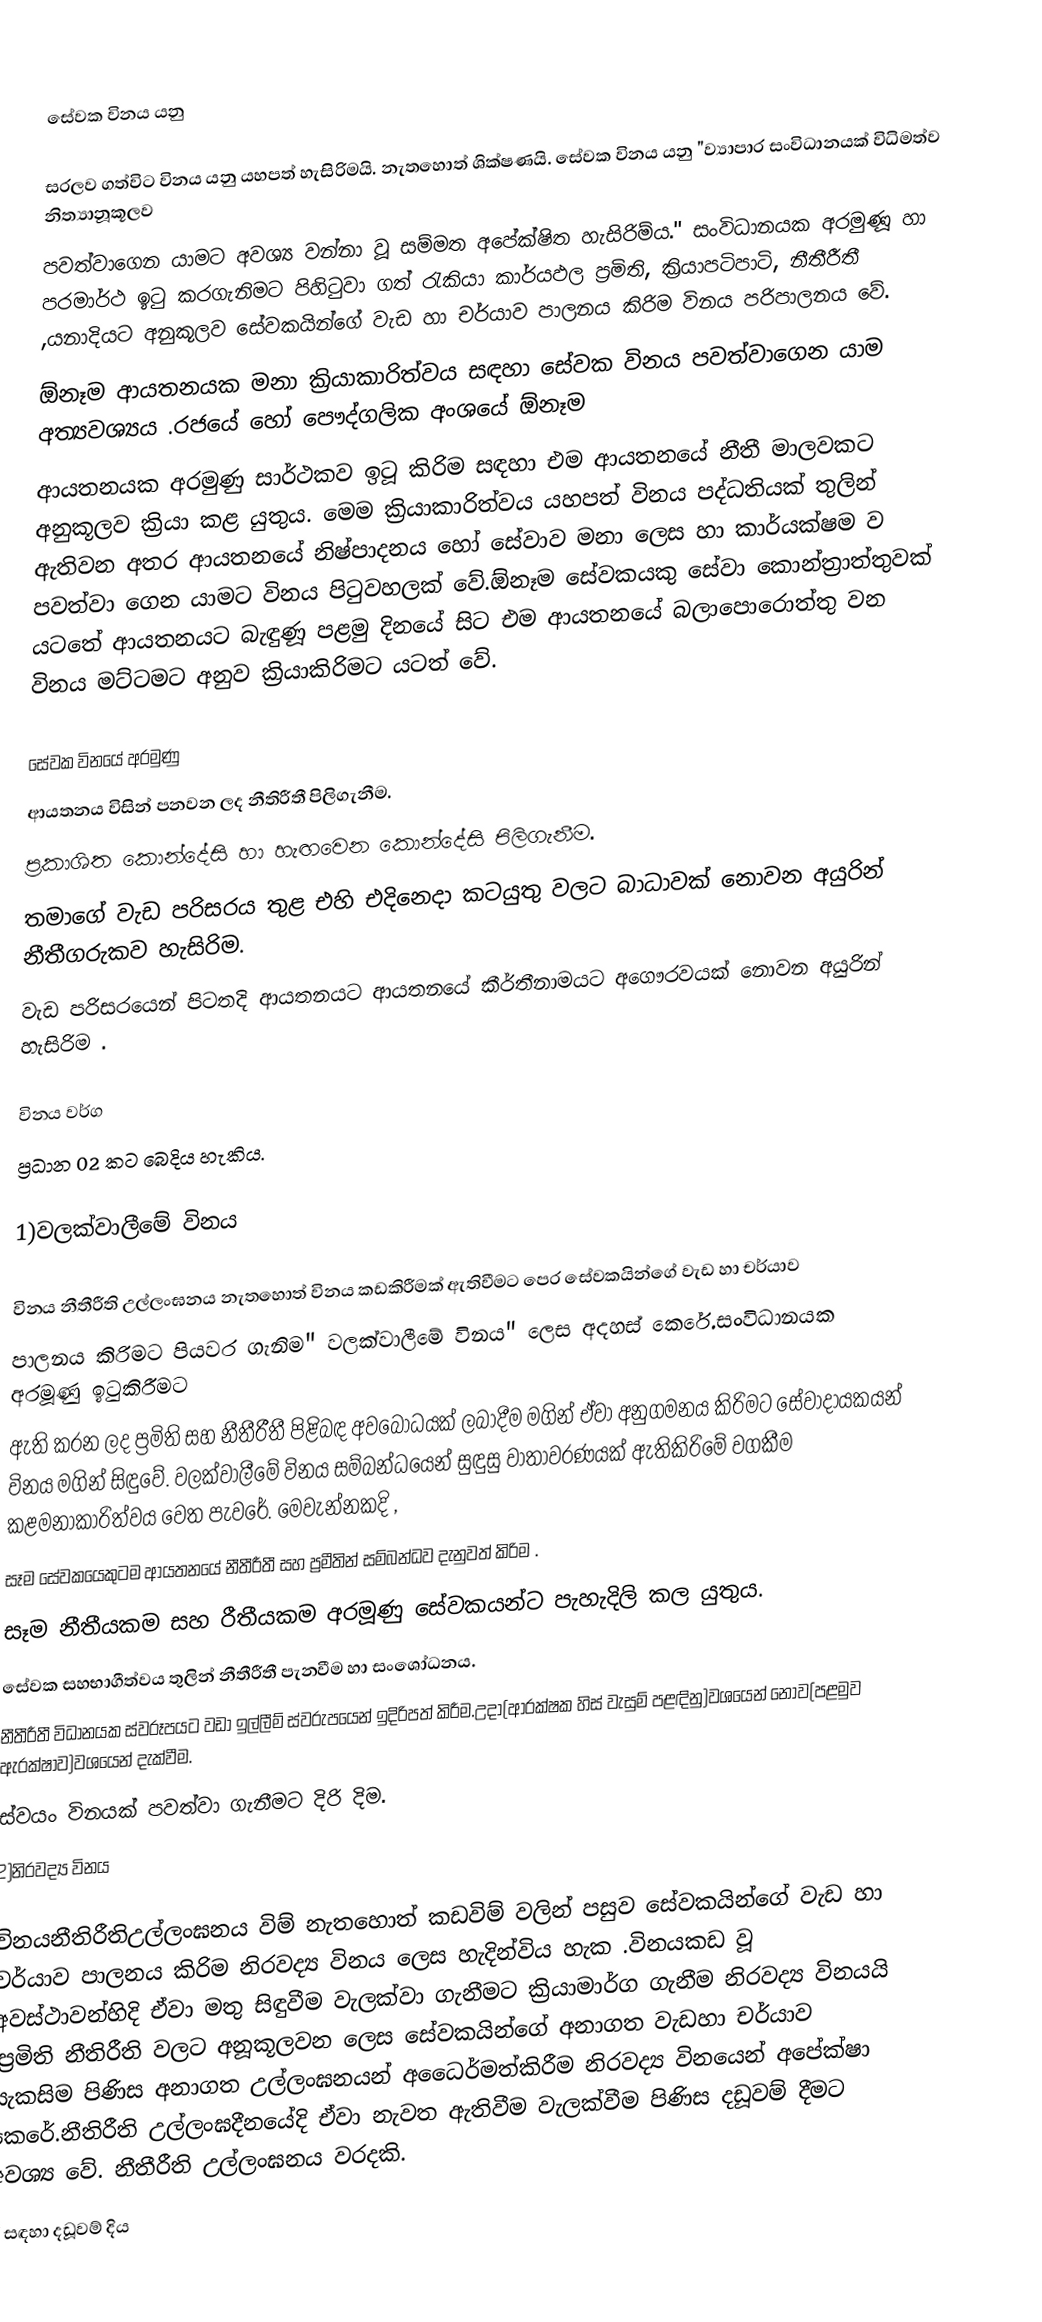

සේවක විනය යනු

සරලව ගත්විට විනය යනු යහපත් හැසිරිමයි. නැතහොත් ශික්ෂණයි. සේවක විනය යනු  "ව්‍යාපාර සංවිධානයක් විධිමත්ව නිත්‍යානූකූලව
පවත්වාගෙන යාමට අවශ්‍ය වන්නා වූ සම්මත අපේක්ෂිත හැසිරිම්ය." සංවිධානයක අරමුණූ හා පරමාර්ථ ඉටු කරගැනිමට පිහිටුවා ගත් රැකියා කාර්යඵල ප්‍රමිති, ක්‍රියාපටිපාටි, නීතීරීතී ,යනාදියට අනුකූලව සේවකයින්ගේ වැඩ හා චර්යාව පාලනය කිරිම විනය පරිපාලනය වේ.
ඕනෑම ආයතනයක  මනා  ක්‍රියාකාරිත්වය සඳහා සේවක විනය පවත්වාගෙන යාම අත්‍යවශ්‍යය .රජයේ හෝ පෞද්ගලික අංශයේ ඕනෑම
ආයතනයක අරමුණු සාර්ථකව ඉටූ කිරිම සඳහා එම ආයතනයේ නීතී මාලවකට අනුකූලව ක්‍රියා කළ යුතුය. මෙම ක්‍රියාකාරිත්වය  යහපත් විනය පද්ධතියක්  තුලින් ඇතිවන අතර ආයතනයේ නිෂ්පාදනය හෝ සේවාව මනා ලෙස හා කාර්යක්ෂම ව පවත්වා ගෙන යාමට විනය පිටුවහලක් වේ.ඕනෑම සේවකයකු සේවා කොන්ත්‍රාත්තුවක් යටතේ ආයතනයට බැඳුණූ පළමු දිනයේ සිට එම ආයතනයේ බලාපොරොත්තු වන විනය මට්ටමට අනුව ක්‍රියාකිරිමට යටත් වේ.

සේවක විනයේ අරමුණු
ආයතනය විසින් පනවන ලද නීතිරීතී පිලිගැනීම.
ප්‍රකාශිත කොන්දේසි හා හැඟවෙන කොන්දේසි පිලිගැනීම.
තමාගේ වැඩ පරිසරය තුළ එහි එදිනෙදා කටයුතු වලට බාධාවක් නොවන අයුරින් නීතීගරුකව  හැසිරිම.
වැඩ පරිසරයෙන් පිටතදි ආයතනයට ආයතනයේ කීර්තීනාමයට අගෞරවයක් නොවන අයුරින් හැසිරිම .

විනය වර්ග
ප්‍රධාන 02 කට  බෙදිය  හැකිය.

1)වලක්වාලීමේ විනය

විනය නීතීරීති උල්ලංඝනය නැතහොත් විනය කඩකිරීමක්  ඇතිවීමට  පෙර සේවකයින්ගේ වැඩ හා චර්යාව
පාලනය කිරිමට පියවර ගැනිම" වලක්වාලීමේ විනය"  ලෙස අදහස් කෙරේ.සංවිධානයක අරමූණු ඉටුකිරීමට
ඇති කරන ලද ප්‍රමිති සහ නීතීරීතී පිළිබඳ අවබෝධයක් ලබාදීම මගින් ඒවා අනුගමනය  කිරිමට සේවාදායකයන් විනය  මගින් සිඳුවේ. වලක්වාලීමේ විනය සම්බන්ධයෙන් සුඳුසු වාතාවරණයක් ඇතිකිරිමේ වගකීම කළමනාකාරිත්වය  වෙත පැවරේ. මෙවැන්නකදි  ,
සෑම සේවකයෙකුටම ආයතනයේ නීතීරීතී සහ ප්‍රමීතින්  සම්බන්ධව දැනුවත් කිරිම .
සෑම නීතීයකම සහ රීතීයකම අරමූණු සේවකයන්ට පැහැදිලි කල යුතුය.
සේවක සහභාගීත්වය තුලින් නීතීරීතී පැනවීම හා සංශෝධනය.
නීතීරීතී විධානයක ස්වරූපයට වඩා ඉල්ලීම් ස්වරුපයෙන් ඉදිරිපත් කිරීම.උදා(ආරක්ෂක හිස් වැසුම් පළඳිනු)වශයෙන් නොව(පළමුව ඇරක්ෂාව)වශයෙන් දැක්වීම.
ස්වයං විනයක් පවත්වා ගැනීමට දිරි දිම.
2)නිරවද්‍ය විනය

විනයනීතිරීතිඋල්ලංඝනය විම් නැතහොත් කඩවිම් වලින් පසුව සේවකයින්ගේ වැඩ හා චර්යාව පාලනය කිරිම නිරවද්‍ය විනය ලෙස හැදින්විය හැක .විනයකඩ වූ අවස්ථාවන්හිදි  ඒවා මතු සිඳුවීම වැලක්වා ගැනීමට ක්‍රියාමාර්ග ගැනීම නිරවද්‍ය විනයයි .ප්‍රමිති  නීතිරීති වලට අනූකූලවන ලෙස සේවකයින්ගේ  අනාගත වැඩහා චර්යාව සැකසිම පිණිස අනාගත උල්ලංඝනයන් අධෛර්මත්කිරීම නිරවද්‍ය විනයෙන් අපේක්ෂා කෙරේ.නීතිරීති උල්ලංඝදීනයේදි ඒවා නැවත ඇතිවීම වැලක්වීම පිණිස දඩූවම් දීමට අවශ්‍ය වේ. නීතීරීති උල්ලංඝනය වරදකි.
ඒ සඳහා දඩූවම් දිය